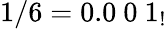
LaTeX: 1/6=0.0\ 0\ 1_{!}